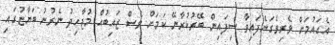
އެގައުމަށް ވެރިވެގަނެފައިވާ ސިފައިން ބޭރުކުރާނޭ ކަމަށް ވެސް ޒައިބުއް މުޖާހިދު ނެރުނު ބަޔާޏުގައި